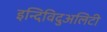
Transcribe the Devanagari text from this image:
इन्दिविदुअलिटी